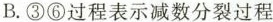
B.③⑥过程表示减数分裂过程